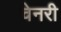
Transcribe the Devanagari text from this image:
चेनरी